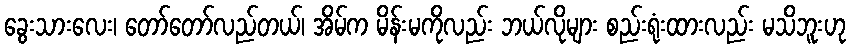
ခွေးသားလေး၊ တော်တော်လည်တယ်၊ အိမ်က မိန်းမကိုလည်း ဘယ်လိုများ စည်းရုံးထားလည်း မသိဘူးဟု